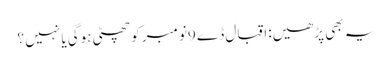
یہ بھی پڑھیں:اقبال ڈے 9نومبر کو چھٹی ہوگی یا نہیں ؟